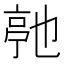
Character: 𬽓